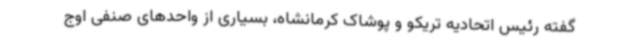
گفته رئیس اتحادیه تریکو و پوشاک کرمانشاه، بسیاری از واحدهای صنفی اوج